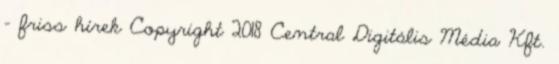
- friss hírek Copyright 2018 Central Digitális Média Kft.